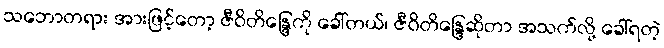
သဘောတရား အားဖြင့်တော့ ဇီဝိတိန္ဒြေကို ခေါ်တယ်၊ ဇီဝိတိန္ဒြေဆိုတာ အသက်လို့ ခေါ်ရတဲ့